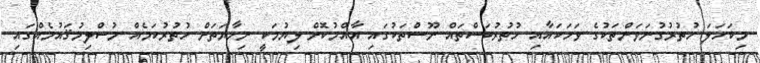
މިކަހަލަ ހުތުރުގުނަވަންތަކުގެ ވަަހަކައާއި ހުތުރުބަސްތައް ނޫސްތަކުގައި އާއްމުކޮށް ލިޔުމަކީ ނިހާޔަތަށް ހުތުރުކަމެއް މުސްލިމުޤައުމެއްގައި